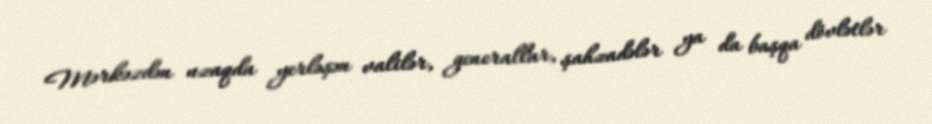
Mərkəzdən uzaqda yerləşən valilər, generallar, şahzadələr ya da başqa dövlətlər